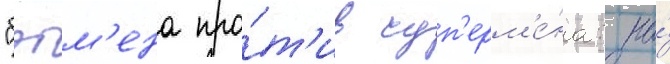
"бэтм'ена про́т'ив суп'ерм'е́на: на́